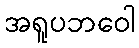
အရူပဘဝေါ